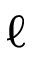
\ell